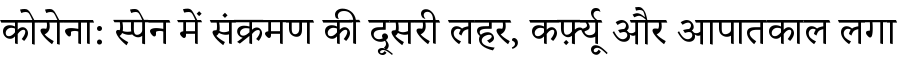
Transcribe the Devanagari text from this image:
कोरोना: स्पेन में संक्रमण की दूसरी लहर, कर्फ़्यू और आपातकाल लगा